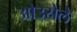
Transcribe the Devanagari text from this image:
ओउसेले